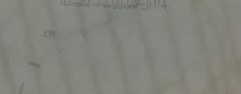
محل بيع البقالة والمشروبا